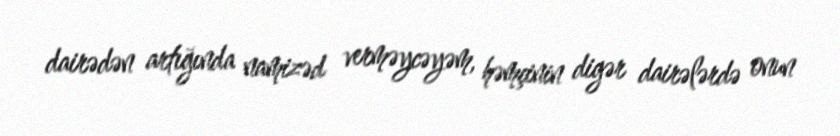
dairədən artığında namizəd verməycəyəm, həmçinin digər dairələrdə onun